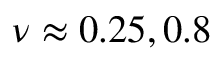
\nu \approx 0 . 2 5 , 0 . 8